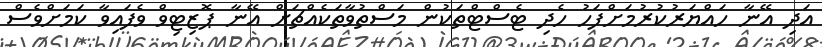
އަދި އޭނާ ހައްޔަރުކުރުމަށްފަހު ހެދި ޓެސްޓްތަކުން މަސްތުވާތަކެއްޗަށް އޭނާ ޕޮޒިޓިވް ވެފައިވާ ކަމަށްވެސް